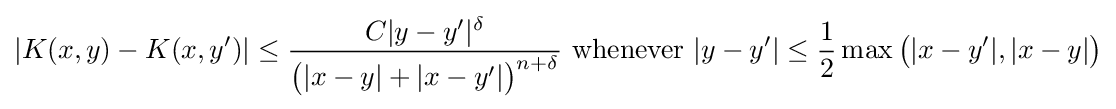
|K(x,y)-K(x,y')|\leq {\frac {C|y-y'|^{\delta }}{{\bigl (}|x-y|+|x-y'|{\bigr )}^{n+\delta }}}{\text{ whenever }}|y-y'|\leq {\frac {1}{2}}\max {\bigl (}|x-y'|,|x-y|{\bigr )}